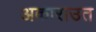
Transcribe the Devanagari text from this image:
अकाराउत